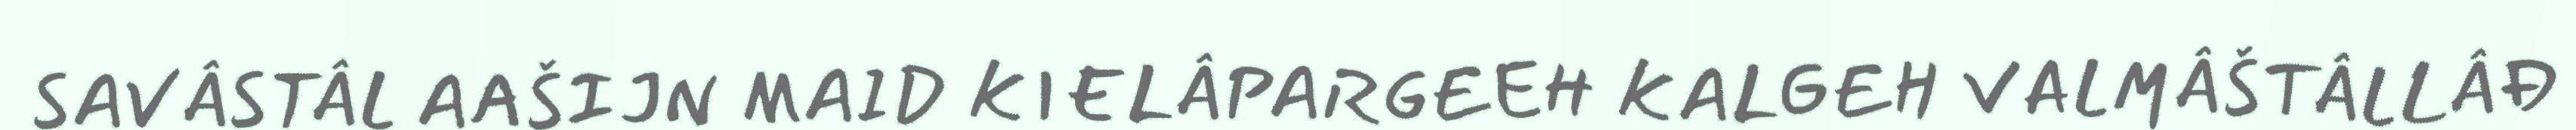
SAVÂSTÂL AAŠIJN MAID KIELÂPARGEEH KALGEH VALMÂŠTÂLLÂĐ